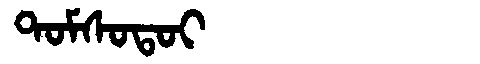
Manchu: ᡨᠣᠮᠰᠣᡨᠣᡳ
Romanization: TOMSOTOI